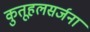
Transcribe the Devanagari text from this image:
कुतूहलसर्जना